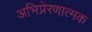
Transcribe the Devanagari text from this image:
अभिप्रेरणात्मक